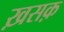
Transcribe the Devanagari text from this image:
ख़सक़